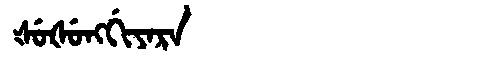
Manchu: ᡧᡠᡧᡠᠩᡤᡳᠶᠠᡵᠠ
Romanization: ŠUŠUNGGIYARA